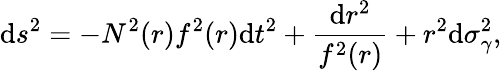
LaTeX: \mathrm{d}s^{2}=-N^{2}(r)f^{2}(r)\mathrm{d}t^{2}+\frac{{\mathrm{d}r^{2}}}{{f^{2}(r)}}+r^{2}\mathrm{d}\sigma_{\gamma}^{2},